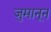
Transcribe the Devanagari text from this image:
जुमानून